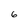
Character: 6